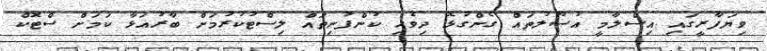
ވިޔަފާރީގައި އިސްލާމީ އުސޫލުތައް ގެންގުޅޭ ދިވެހި ކުންފުނިތައް ލިސްޓުކުރުމަށް ބާރުއަޅާ ކަމަށް ސްޓޮކް